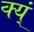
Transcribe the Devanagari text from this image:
क्य्ं